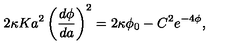
2 \kappa K a ^ { 2 } \left( \frac { d \phi } { d a } \right) ^ { 2 } = 2 \kappa \phi _ { 0 } - C ^ { 2 } e ^ { - 4 \phi } ,